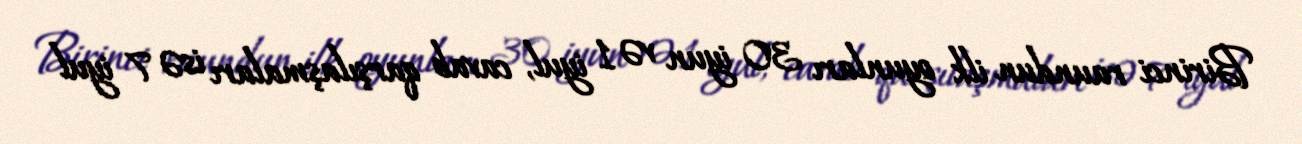
Birinci raundun ilk oyunları 30 iyun və 1 iyul, cavab qarşılaşmaları isə 7 iyul